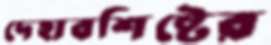
দেহাবশিষ্টের